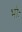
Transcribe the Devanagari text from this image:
भोः